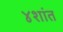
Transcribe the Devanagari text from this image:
४शांत